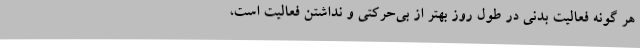
هر گونه فعالیت بدنی در طول روز بهتر از بی‌حرکتی و نداشتن فعالیت است،